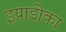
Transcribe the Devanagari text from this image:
इयाडोका